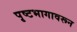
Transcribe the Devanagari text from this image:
पृष्टभागावरून